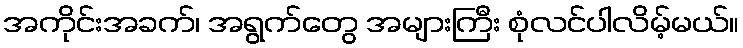
အကိုင်းအခက်၊ အရွက်တွေ အများကြီး စုံလင်ပါလိမ့်မယ်။